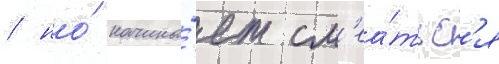
/ но́ начина́ет см'еа́тьс'я